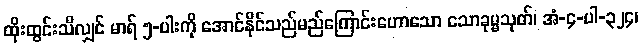
ထိုးထွင်းသိလျှင် မာရ် ၅-ပါးကို အောင်နိုင်သည်မည်ကြောင်းဟောသော သောခုမ္မသုတ်၊ အံ-၄-ပါ-၃၂၄၊